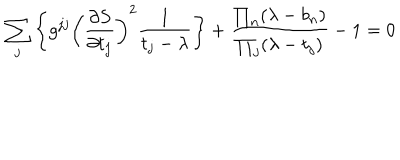
LaTeX: \sum _ { j } \left\{ g ^ { j j } \left( { \frac { \partial S } { \partial t _ { j } } } \right) ^ { 2 } { \frac { 1 } { t _ { j } - \lambda } } \right\} + { \frac { \prod _ { n } ( \lambda - b _ { n } ) } { \prod _ { j } ( \lambda - t _ { j } ) } } - 1 = 0